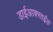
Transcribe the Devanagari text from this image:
डाईआक्साईड